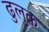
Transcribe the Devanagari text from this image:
ढुलुक